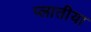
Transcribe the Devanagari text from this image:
प्लातीया